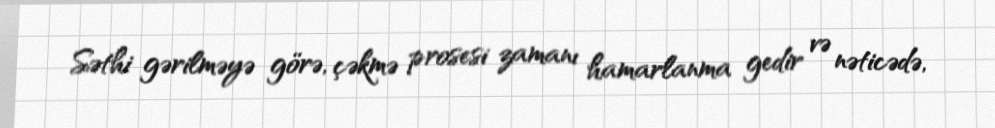
Səthi gərilməyə görə, çəkmə prosesi zamanı hamarlanma gedir və nəticədə,